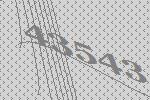
43543